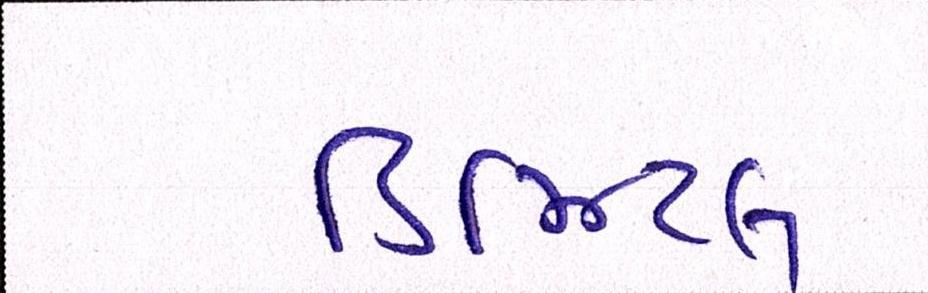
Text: ડિઝિટલ